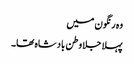
وہ رنگون میں
پہلا جلا وطن بادشاہ تھا۔